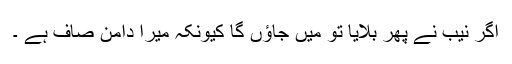
اگر نیب نے پھر بلایا تو میں جاؤں گا کیونکہ میرا دامن صاف ہے ۔